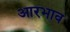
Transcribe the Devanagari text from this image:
आरभाव